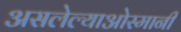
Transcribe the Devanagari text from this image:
असलेल्याओस्मानी